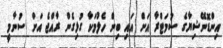
އިންޑޮނޭޝިޔާގެ ސުމަޓްރާ އަށް އައި ބިން ހެލުމަކާ ގުޅިގެން ރާއްޖެ އަށް ސުނާމީ